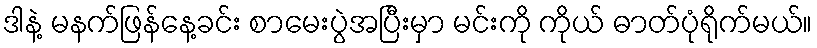
ဒါနဲ့ မနက်ဖြန်နေ့ခင်း စာမေးပွဲအပြီးမှာ မင်းကို ကိုယ် ဓာတ်ပုံရိုက်မယ်။